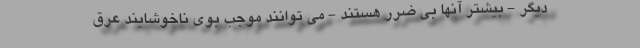
دیگر - بیشتر آنها بی ضرر هستند - می توانند موجب بوی ناخوشایند عرق